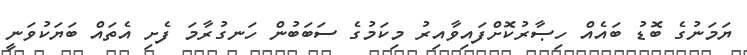
ޔަމަނުގެ ބޮޑު ބައެއް ހިޞާރުކޮށްފައިވާއިރު މިކަމުގެ ސަބަބުން ހަނގުރާމަ ފެށި އެތައް ބަޔަކުވަނީ